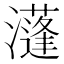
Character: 𤂧